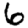
Digit: 6